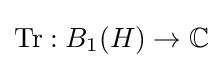
\operatorname {Tr} :B_{1}(H)\to \mathbb {C}